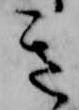
き